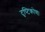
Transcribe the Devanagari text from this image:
दॄष्‍टिकोण।